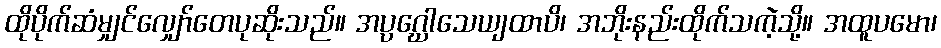
ထိုပိုက်ဆံမျှင်လျှော်တေပုဆိုးသည်။ အပ္ပဂ္ဃေါသေယျထာပိ၊ အဘိုးနည်းထိုက်သကဲ့သို့။ အထူပမော၊